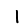
Digit: 1